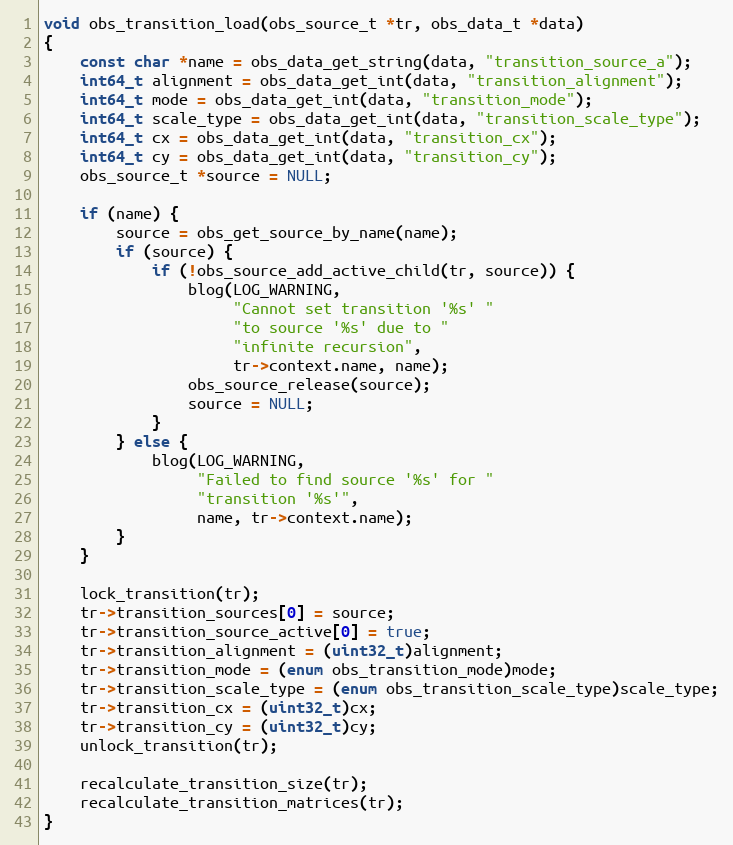
Language: C
void obs_transition_load(obs_source_t *tr, obs_data_t *data)
{
	const char *name = obs_data_get_string(data, "transition_source_a");
	int64_t alignment = obs_data_get_int(data, "transition_alignment");
	int64_t mode = obs_data_get_int(data, "transition_mode");
	int64_t scale_type = obs_data_get_int(data, "transition_scale_type");
	int64_t cx = obs_data_get_int(data, "transition_cx");
	int64_t cy = obs_data_get_int(data, "transition_cy");
	obs_source_t *source = NULL;

	if (name) {
		source = obs_get_source_by_name(name);
		if (source) {
			if (!obs_source_add_active_child(tr, source)) {
				blog(LOG_WARNING,
				     "Cannot set transition '%s' "
				     "to source '%s' due to "
				     "infinite recursion",
				     tr->context.name, name);
				obs_source_release(source);
				source = NULL;
			}
		} else {
			blog(LOG_WARNING,
			     "Failed to find source '%s' for "
			     "transition '%s'",
			     name, tr->context.name);
		}
	}

	lock_transition(tr);
	tr->transition_sources[0] = source;
	tr->transition_source_active[0] = true;
	tr->transition_alignment = (uint32_t)alignment;
	tr->transition_mode = (enum obs_transition_mode)mode;
	tr->transition_scale_type = (enum obs_transition_scale_type)scale_type;
	tr->transition_cx = (uint32_t)cx;
	tr->transition_cy = (uint32_t)cy;
	unlock_transition(tr);

	recalculate_transition_size(tr);
	recalculate_transition_matrices(tr);
}